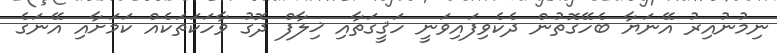
ނިމުނުއިރު އޭނަޔާ ބެހޭގޮތުން ދެކެވިފައިވަނީ ހަޤީގަތާއި ޚިލާފް ދޮގު ވާހަކަތަކެއް ކަމަށާއި އޭނަގެ